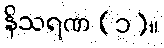
နိသရဏ (၁)။